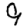
Digit: 9